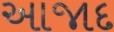
આજાદ